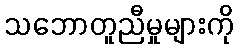
သဘောတူညီမှုများကို